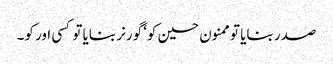
صدر بنایا تو ممنون حسین کو‘ گورنر بنایا تو کسی اور کو۔